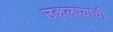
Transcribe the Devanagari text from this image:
उकलण्याची